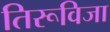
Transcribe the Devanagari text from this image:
तिरूविजा